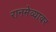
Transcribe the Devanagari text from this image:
रानमेव्यावर